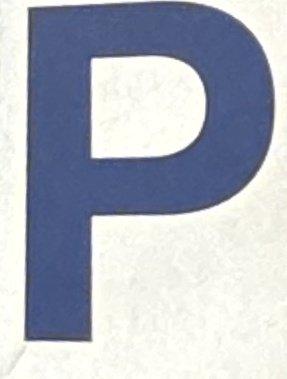
P